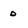
Character: 0